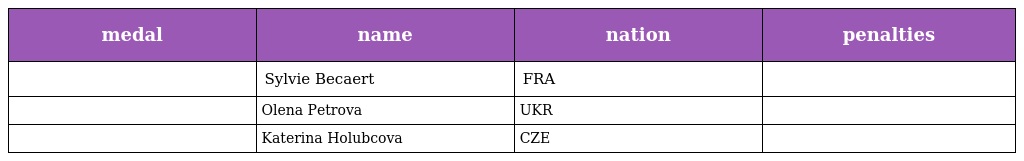
| medal | name | nation | penalties |
 | --- | --- | --- | --- |
 |  | Sylvie Becaert | FRA |  |
 |  | Olena Petrova | UKR |  |
 |  | Katerina Holubcova | CZE |  |